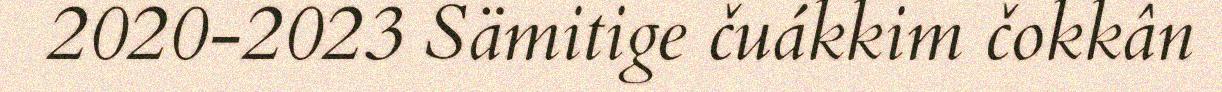
2020-2023 Sämitige čuákkim čokkân